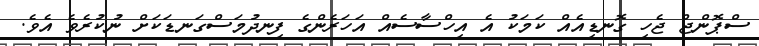
ސްޕޮންޖް ޖެހި ގޮނޑިއެއް ކަމަކު އެ އިހްސާސެއް އަހަރެންގެ ފިނދުމަސްގަނޑަކަށް ނުކުރެވެ އެވެ.